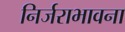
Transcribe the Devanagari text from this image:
निर्जराभावना